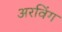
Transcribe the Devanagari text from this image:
अरविंग